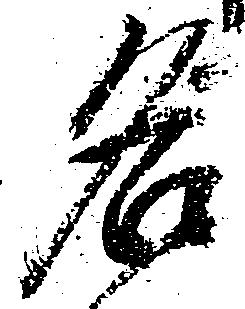
名